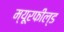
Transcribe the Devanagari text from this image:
म्यूरफील्ड